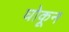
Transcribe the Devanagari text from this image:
घोकून